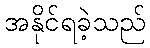
အနိုင်ရခဲ့သည်